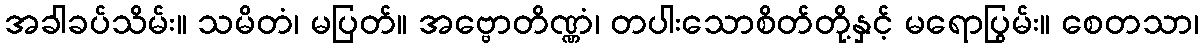
အခါခပ်သိမ်း။ သမိတံ၊ မပြတ်။ အဗ္ဗောတိဏ္ဏံ၊ တပါးသောစိတ်တို့နှင့် မရောပြွမ်း။ စေတသာ၊